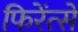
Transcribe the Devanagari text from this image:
फिरेंत्से